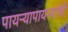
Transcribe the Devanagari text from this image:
पायऱ्यापायऱ्यांची